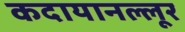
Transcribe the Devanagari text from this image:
कदायानल्लूर